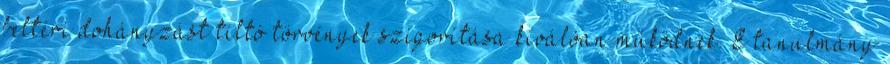
beltéri dohányzást tiltó törvények szigorítása kiválóan működnek. E tanulmány